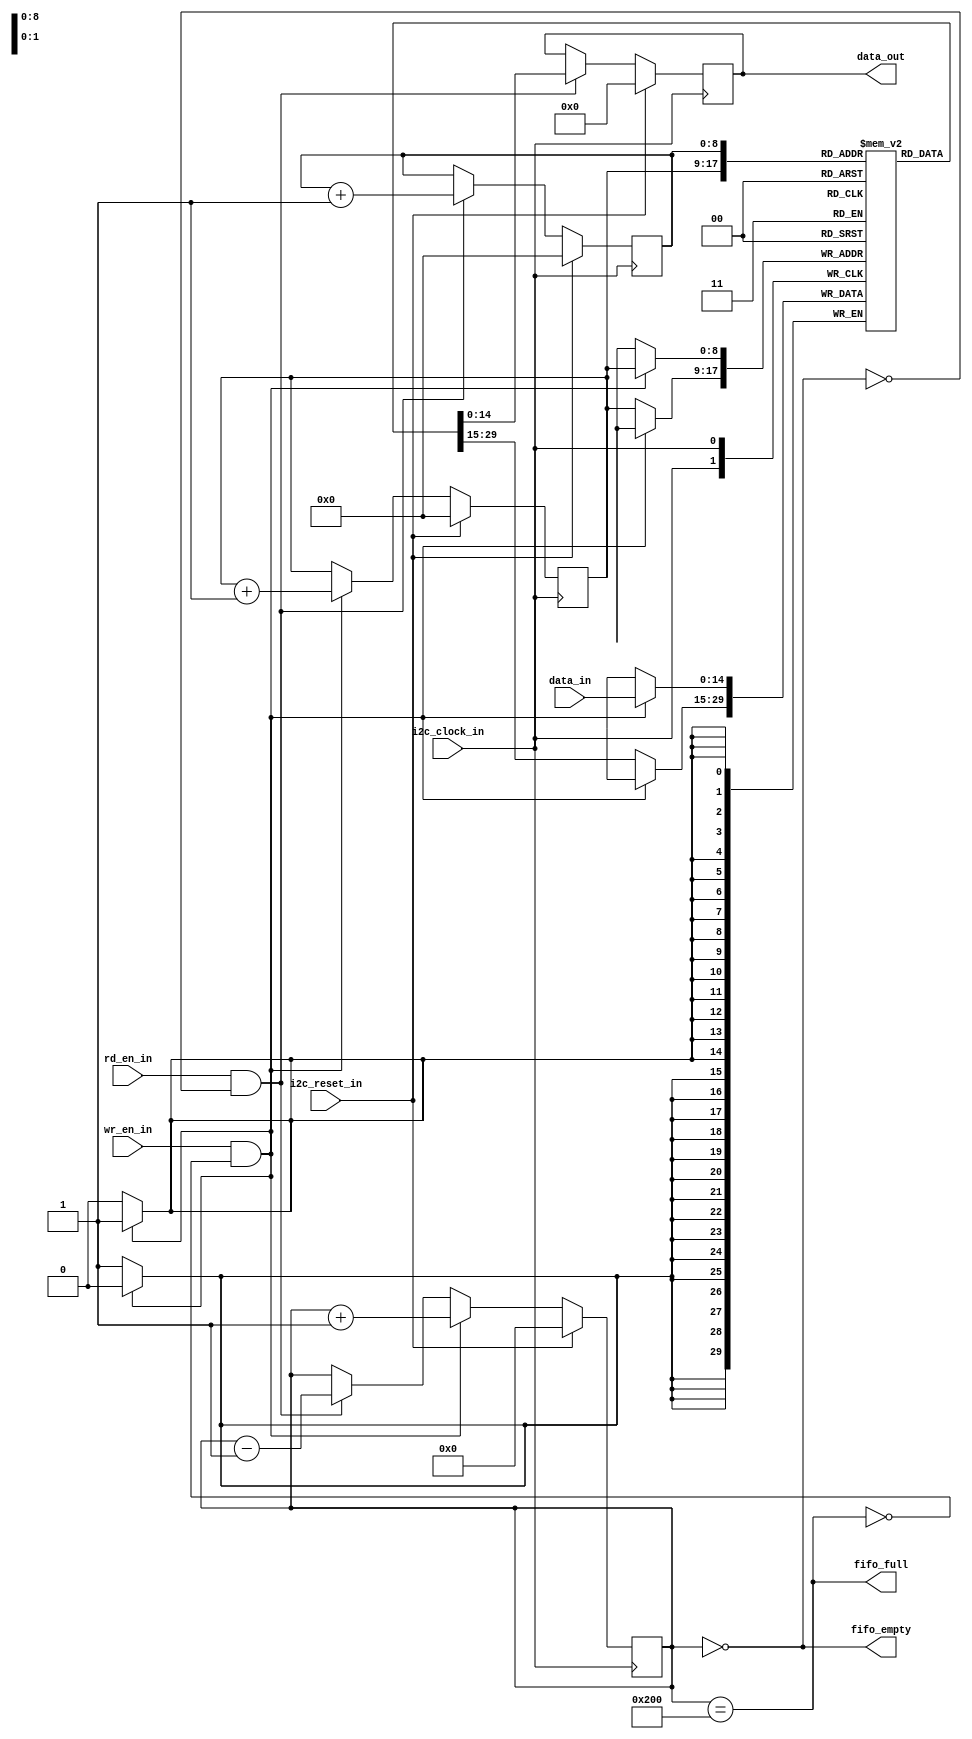

// i2c fifo verilog coding
`timescale 1ns/1ps
module i2c_fifo #(parameter         FIFO_WIDTH = 15, // parameter for fifo data width
	                            FIFO_ADDR  = 9 ) // parameter for fifo addr
	(input                      i2c_clock_in   , // top module clock signal
   	input                       i2c_reset_in   , // active high reset
   	input                       wr_en_in       , // write enable signal data write into fifo
  	input                       rd_en_in       , // read enable signal data read from fifo
	input      [FIFO_WIDTH-1:0] data_in        , // input addr+data 
	output reg [FIFO_WIDTH-1:0] data_out       , // output addr+data
   	output                      fifo_full      , // full detection signal
   	output                      fifo_empty       // fifo empty detection signal
	                                          );
	
	// signal declaration fifo depth
	localparam FIFO_DEPTH = 1 << FIFO_ADDR;
	
	reg [FIFO_ADDR:0   ] fifo_count               ; // counts no of data entries into fifo
	reg [FIFO_ADDR-1:0 ] rd_ptr                   ; // points to addr where fifo read data
	reg [FIFO_ADDR-1:0 ] wr_ptr                   ; // points to addr where fifo write data
	reg [FIFO_WIDTH-1:0] fifo_mem[0:FIFO_DEPTH-1] ; // fifo memory declaration
	
	wire valid_rd_en; // read signal when data will read from fifo
	wire valid_wr_en; // write signal when data will write to fifo
	
	assign valid_rd_en = rd_en_in && !fifo_empty; // condition for data read from fifo
	assign valid_wr_en = wr_en_in && !fifo_full ; // condition for data write to fifo
	assign fifo_full   = fifo_count == 10'd512  ; // fifo full condition
	assign fifo_empty  = fifo_count == 10'd0    ; // fifo empty condition
	
	// Specifies No of data entries into FIFO
	always @(posedge i2c_clock_in)
		begin
			if(i2c_reset_in)         // active high reset
				fifo_count <= 9'd0;
			else if(valid_wr_en) // fifo_count increases
				fifo_count <= fifo_count + 1'b1;
			else if(valid_rd_en) // fifo_count decreases
				fifo_count <= fifo_count - 1'b1;
			else
				fifo_count <= fifo_count;
		end
	
	// Designing rd_ptr and wr_ptr
	always @(posedge i2c_clock_in)
		begin
			if(i2c_reset_in)
				begin
					rd_ptr <= 0;
					wr_ptr <= 0;
				end
			else 
				begin
					// wr_ptr signal points to addr where fifo writes data
					if(valid_wr_en)
						wr_ptr <= wr_ptr + 1'b1;
					else
						wr_ptr <= wr_ptr;
						
					// rd_ptr signal points to addr where fifo reads data
					if(valid_rd_en)
						rd_ptr <= rd_ptr + 1'b1;
					else
						rd_ptr <= rd_ptr;
				end
		end
		
	// Writing data into FIFO at posedge of clock_in
	always @(posedge i2c_clock_in)
		begin
			if(valid_wr_en)    // data write into fifo
				fifo_mem[wr_ptr] <= data_in;
			else
				fifo_mem[wr_ptr] <= fifo_mem[wr_ptr];
		end
		
	// Reading data from FIFO at posedge clock_in
	always @(posedge i2c_clock_in)
		begin
			if(i2c_reset_in)
				data_out <= 15'd0;
			else
				if(valid_rd_en) // data read from fifo
					data_out <= fifo_mem[rd_ptr];
				else
					data_out <= data_out;
		end

endmodule